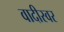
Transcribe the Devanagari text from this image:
वादीस्वर